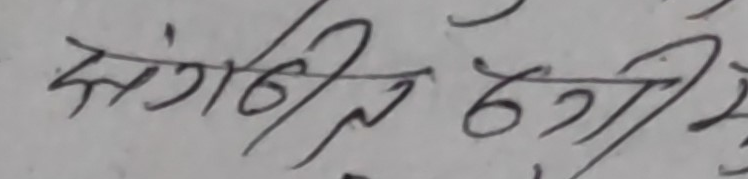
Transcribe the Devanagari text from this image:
संगीत ६२१५